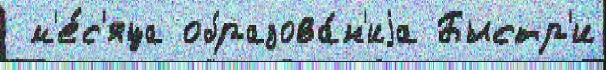
 м'е́с'яца образова́н'иjа Быстр'и